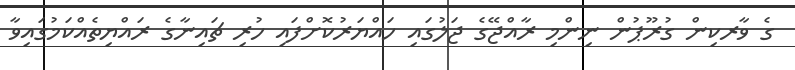
ގެ ވާރކިން ގުރޫޕުން ނިންމި ރާއްޖޭގެ ޖަލުގައި ހައްޔަރުކޮށްފައި ހުރި ޗައިނާގެ ރައްޔިތެއްކަމުގައިވާ